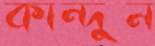
কান্দুন